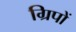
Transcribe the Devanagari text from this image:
ग्रिपों